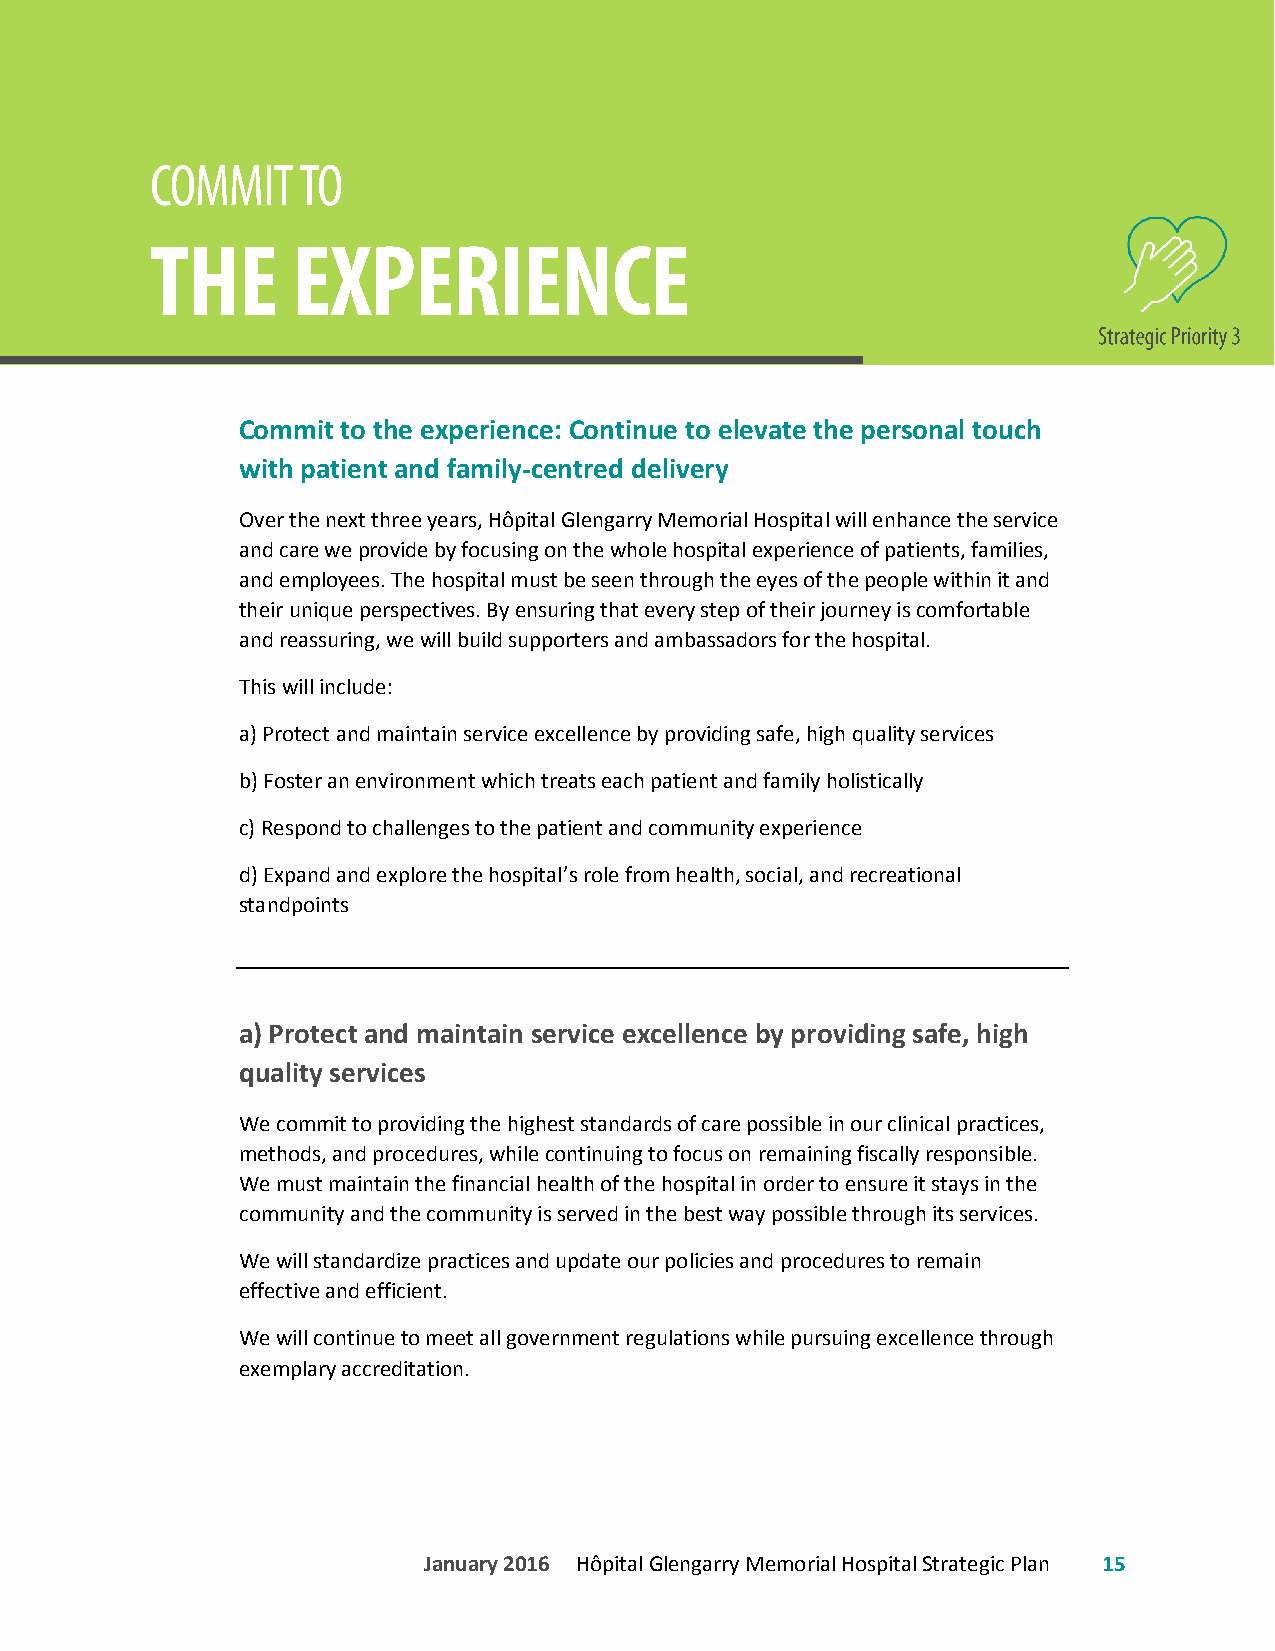
Commit to the experience: Continue to elevate the personal touch
 with patient and family-centred delivery
 Over the next three years, Hôpital Glengarry Memorial Hospital will enhance the service
 and care we provide by focusing on the whole hospital experience of patients, families,
 and employees. The hospital must be seen through the eyes of the people within it and
 their unique perspectives. By ensuring that every step of their journey is comfortable
 and reassuring, we will build supporters and ambassadors for the hospital.
 This will include:
 a) Protect and maintain service excellence by providing safe, high quality services
 b) Foster an environment which treats each patient and family holistically
 c) Respond to challenges to the patient and community experience
 d) Expand and explore the hospital’s role from health, social, and recreational
 standpoints
 a) Protect and maintain service excellence by providing safe, high
 quality services
 We commit to providing the highest standards of care possible in our clinical practices,
 methods, and procedures, while continuing to focus on remaining fiscally responsible.
 We must maintain the financial health of the hospital in order to ensure it stays in the
 community and the community is served in the best way possible through its services.
 We will standardize practices and update our policies and procedures to remain
 effective and efficient.
 We will continue to meet all government regulations while pursuing excellence through
 exemplary accreditation.
 January 2016 Hôpital Glengarry Memorial Hospital Strategic Plan 15